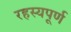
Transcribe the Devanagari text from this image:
रहस्‍यपूर्ण